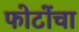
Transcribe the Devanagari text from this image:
फोटोंचा